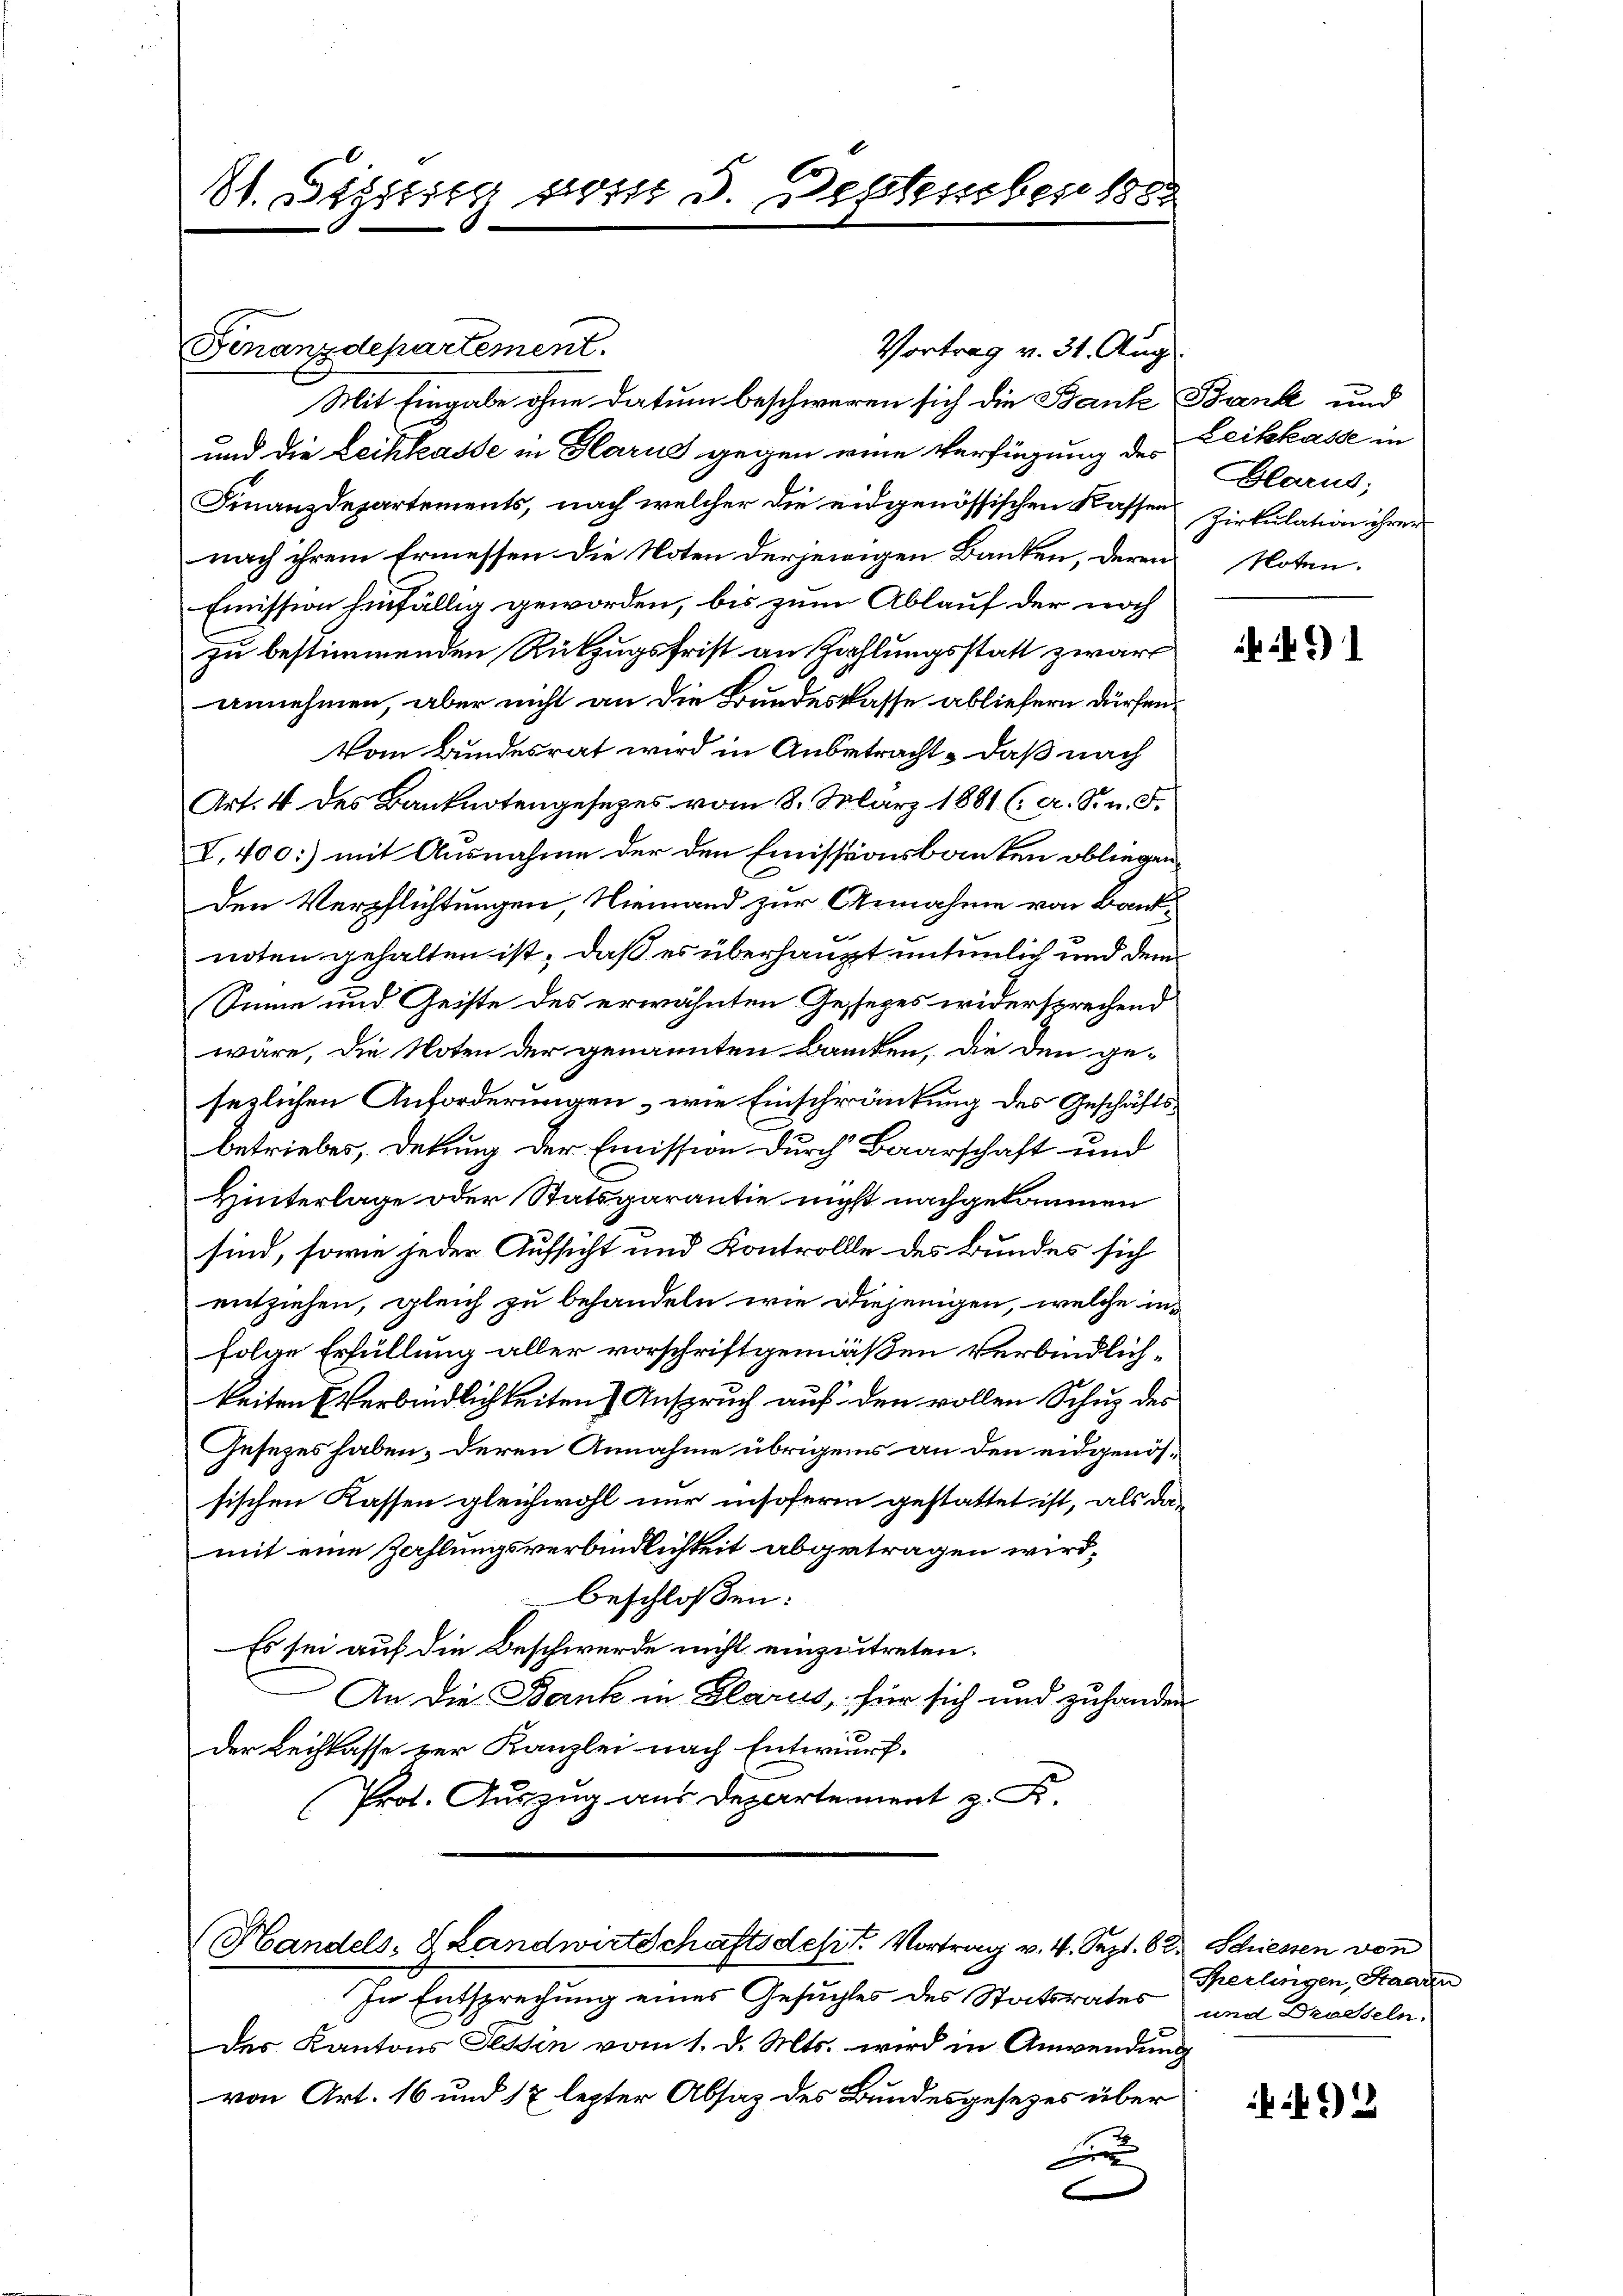
81. Diessing post 3. September 1882

Handels Landwirtschaftsdest. Vortrag v. 4. Sept. 82. Schiessen von

Finanzdepartement.
Mit Eingabe ohne Datum beschweren sich die Bank Bank und
und die Leihkasse in Glarus gegen eine Verfügung des Leihkasse in
Finanzdepartements, nach welcher die eidgenössischen Kassen Zirkulation ihrer
nach ihrem Ermessen die Noten derjenigen Banken, deren Noten.
Emission hinfällig geworden, bis zum Ablauf der noch
zu bestimmenden Rükzugsfrist an Zahlungsstatt zwar
annehmen, aber nicht an die Bundeskasse abliefern dürfen.
Vom Bundesrat wird in Anbetracht, daß nach
Art. 4 des Banknotengesetzes vom 8. März 1881 (a. S. n. F.
V.400:) mit Ausnahme der den Emissionsbauten obliegen
den Verpflichtungen, Niemand zur Annahme von Banknoten gehalten ist, daß es überhaupt untenlich und dem
Sinne und Geiste des erwähnten Gesezes widersprechend
wäre, die Noten der genannten Banken, die den ge-
seslichen Anforderungen, wie Einschränkung des Geschäftsbetriebes, Dekung der Emission durch Baarschaft und
Hinterlage oder Statsgarantie nicht nachgekommen
sind, sowie jeder Aufsicht und Kontrollle des Bundes sich
entziehen, gleich zu behandeln wie diejenigen, welche infolge Erfüllung aller vorschriftgemäßen Verbindlichkeiten Verbindlichkeiten Anspruch auf den vollen Schuz des
Gesezes haben, deren Annahme übrigens an den eidgenössischen Kassen gleichwohl nur insofern gestattet ist, als da-
mit eine Zahlungsverbindlichkeit abgetragen wird,
beschloßen:
Es sei auf die Beschwerde nicht einzutreten.
An die Bank in Glarus, für sich und zuhanden
der Leihkasse zur Kanzlei nach Entwurf.
Prot. Auszug aus Departement z. B.

Vortrag v. 31. Aug

In Entsprechung eines Gesuchtes des Statsrates und Drosseln.
des Kantons Tessin vom 1. d. Mts. wird in Anwendung
von Art. 16 und 17 lezter Absatz des Bundesgesezes über
E

Glarus;

Sherlingen, Staaren

92